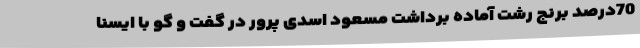
70درصد برنج رشت آماده برداشت مسعود اسدی پرور در گفت و گو با ایسنا